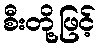
စီးတို့ဖြင့်